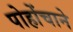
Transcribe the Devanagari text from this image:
पोहोंचाने